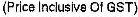
(PRICE INCLUSIVE OF GST)